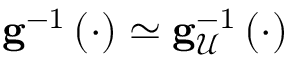
\mathbf { g } ^ { - 1 } \left( \cdot \right) \simeq \mathbf { g } _ { \mathcal { U } } ^ { - 1 } \left( \cdot \right)